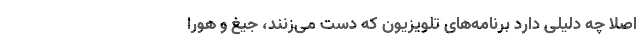
اصلاً چه دلیلی دارد برنامه‌های تلویزیون که دست می‌زنند، جیغ و هورا